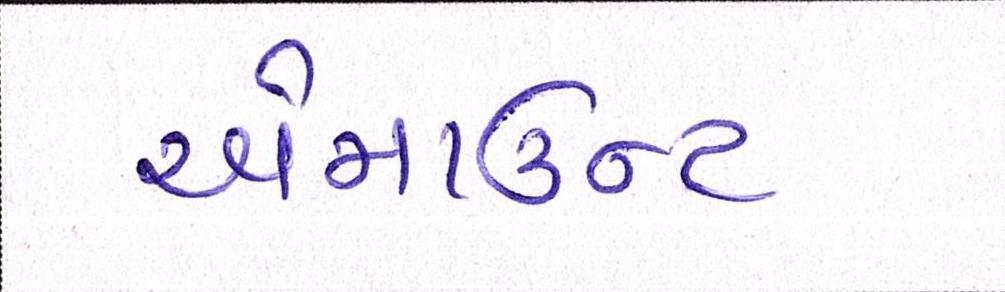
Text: એમાઉન્ટ